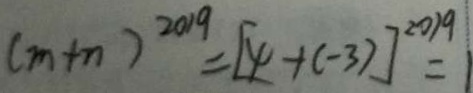
( m + n ) ^ { 2 0 1 9 } = [ 4 + ( - 3 ) ] ^ { 2 0 1 9 } = 1